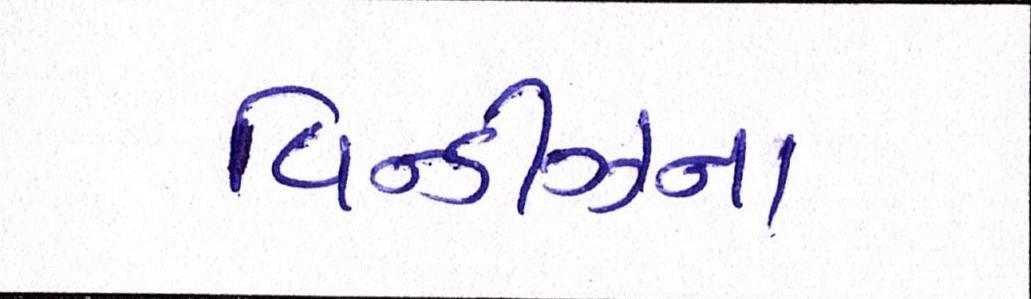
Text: વિન્ડીઝના